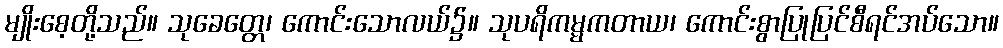
မျိုးစေ့တို့သည်။ သုခေတ္တေ၊ ကောင်းသောလယ်၌။ သုပရိကမ္မကတာယ၊ ကောင်းစွာပြုပြင်စီရင်အပ်သော။